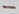
Text: -